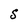
Character: S